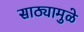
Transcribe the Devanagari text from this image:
साठ्यामुळे